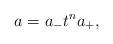
LaTeX: \begin{align*} a=a_- t^n a_+,\end{align*}